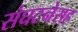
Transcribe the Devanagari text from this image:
संघटनेसह